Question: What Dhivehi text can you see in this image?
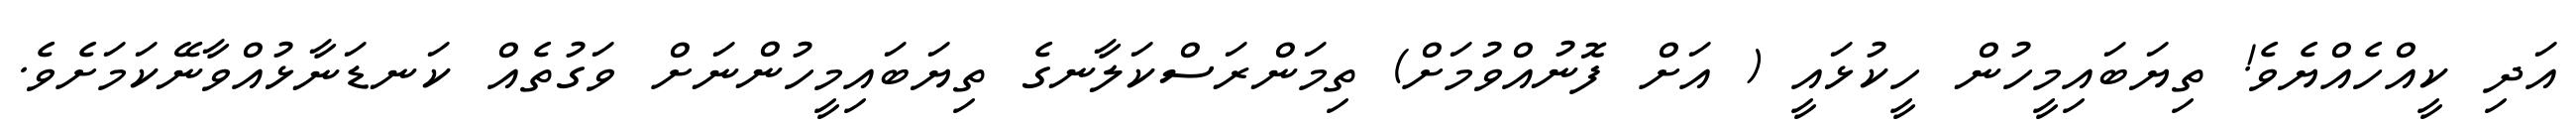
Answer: އަދި ކީއްހެއްޔެވެ! ތިޔަބައިމީހުން ހީކުޅައީ ( އަށް ފޮނުއްވުމަށް) ތިމަންރަސްކަލާނގެ ތިޔަބައިމީހުންނަށް ވަގުތެއް ކަނޑަނާޅުއްވާނޭކަމަށެވެ.